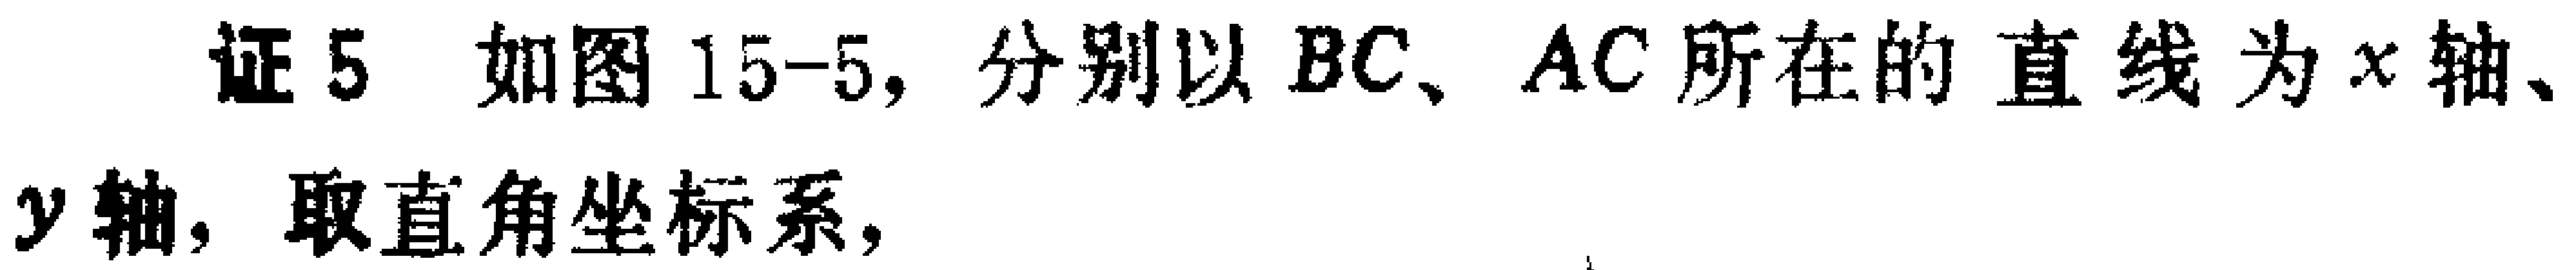
证5 如图15-5, 分别以 \(BC、AC\) 所在的直线为 \(x\) 轴、\(y\) 轴, 取直角坐标系,